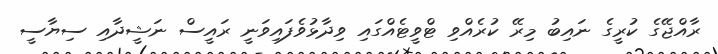
ރާއްޖޭގެ ކުރީގެ ނައިބު މިރޭ ކުރެއްވި ޓްވީޓެއްގައި ވިދާޅުވެފައިވަނީ ރައީސް ނަޝީދާއި ސިޔާސީ